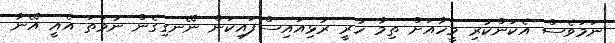
ނަމަވެސް އެކަންކުރި މީހާއަށް ތިމާ ހުރީ ރުޅިއައިސްފައިކަން ނޭނގިގެން ނުވަތަ އެއީ އޭނާ